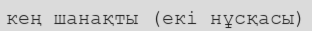
кең шанақты (екі нұсқасы)